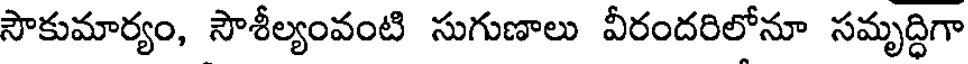
సౌకుమార్యం, సౌశీల్యంవంటి సుగుణాలు వీరందరిలోనూ సమృద్ధిగా